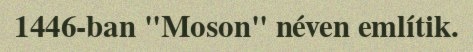
1446-ban "Moson" néven említik.